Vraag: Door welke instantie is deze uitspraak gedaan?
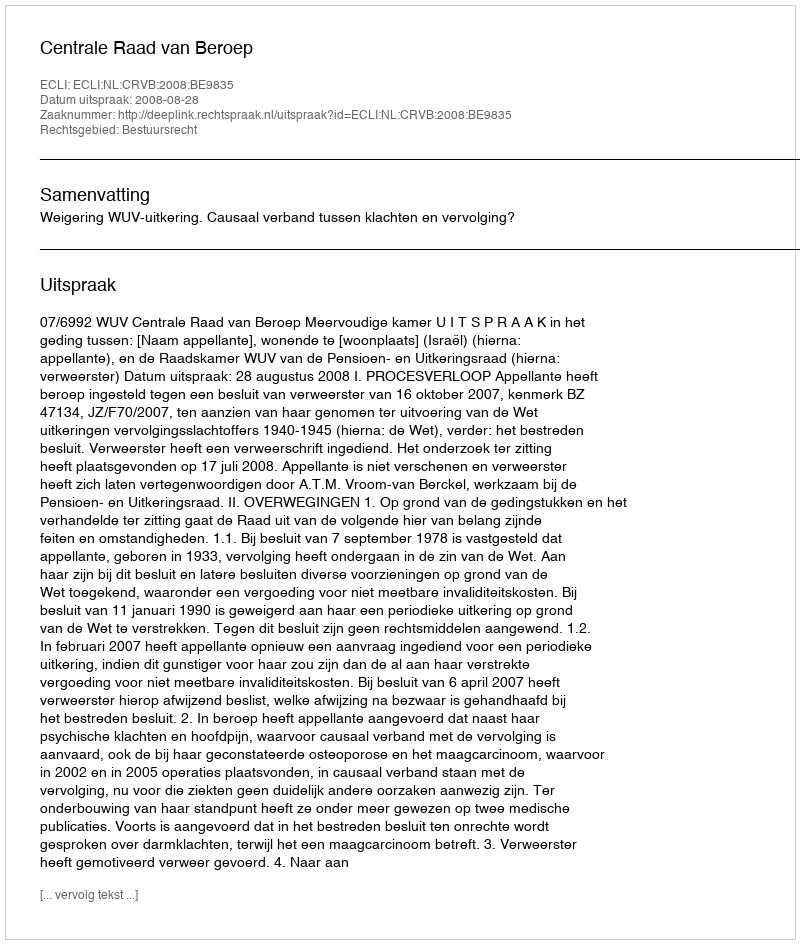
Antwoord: Centrale Raad van Beroep